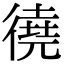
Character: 徺